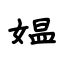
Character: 媪